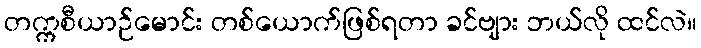
တက္ကစီယာဉ်မောင်း တစ်ယောက်ဖြစ်ရတာ ခင်ဗျား ဘယ်လို ထင်လဲ။